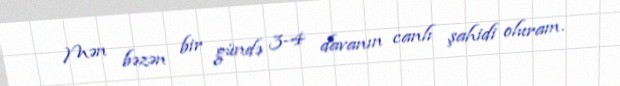
Mən bəzən bir gündə 3-4 davanın canlı şahidi oluram.